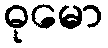
ဓုမော